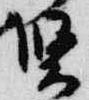
賢